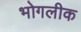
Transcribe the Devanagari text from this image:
भोगलीक